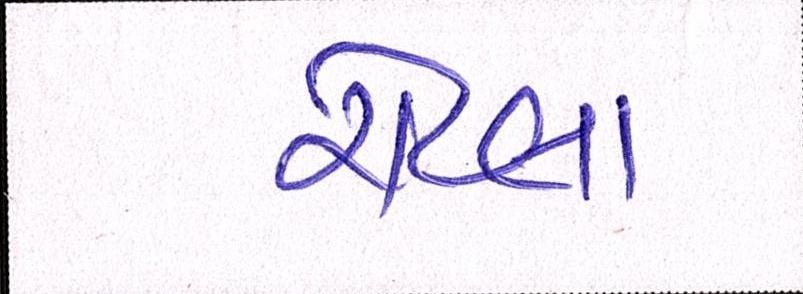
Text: રોટલા